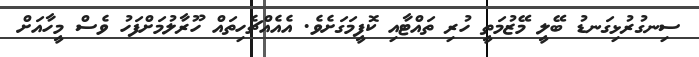
ސިނގުރުޅިގަނޑު ބޭލީ މޭޒުމަތީ ހުރި ތައްޓާއި ކޮފީމަގަށެވެ. އެއެއްޗެހިތައް ހޫރާލުމަށްފަހު ވެސް މީހާއަށް